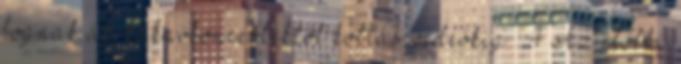
fognak át: kakaókoncertektől kottás videókig : 4 Az előbbi